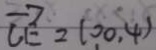
\overrightarrow { C E } = ( 0 0 . 4 )